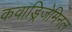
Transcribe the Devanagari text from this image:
कवाड्रिजेमिनल